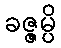
ခဇ္ဇမ္ပိ